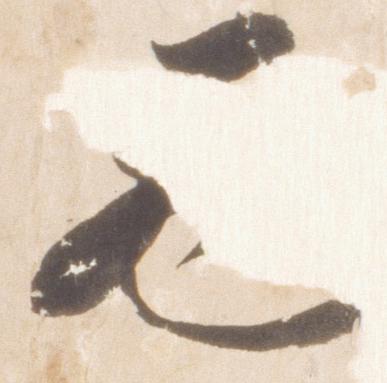
元